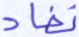
نفاد